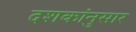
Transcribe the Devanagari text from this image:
दशकांनुसार